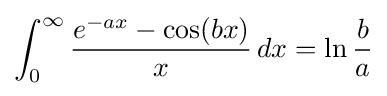
\int _{0}^{\infty }{\frac {e^{-ax}-\cos(bx)}{x}}\,dx=\ln {\frac {b}{a}}